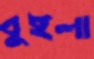
বুইলা